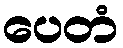
ပေတံ